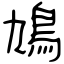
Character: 鳩